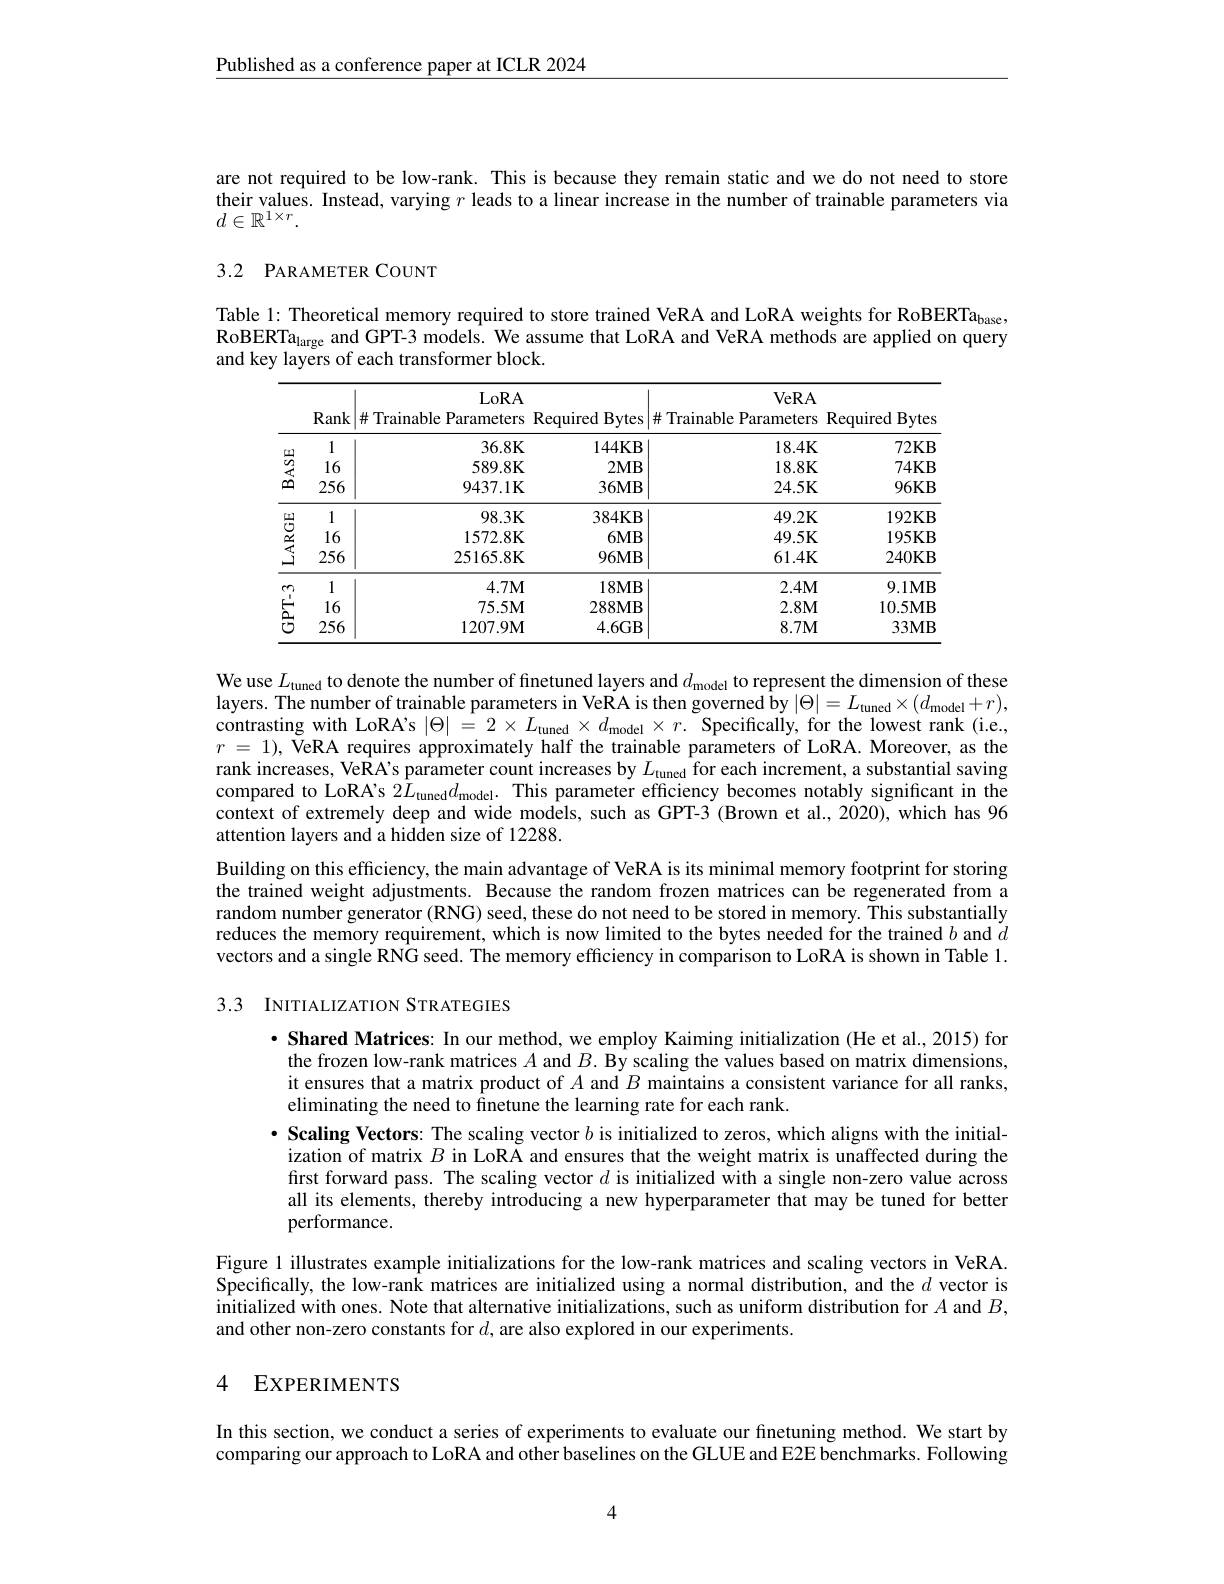
Published as a conference paper at ICLR 2024

are not required to be low-rank. This is because they remain static and we do not need to store their values. Instead, varying $r$ leads to a linear increase in the number of trainable parameters via $d\in\mathbb{R}^{1\times r}.$

## 3.2 PARAMETER COUNT

Table 1: Theoretical memory required to store trained VeRA and LoRA weights for RoBERTa$_{\mathrm{base}}$, $\text{RoBERTa}_{\mathrm{large~and~GPT-3~models.~We~assume~that~LoRA~and~VeRA~methods~are~applied~on~query}}$ and key layers of each transformer block.

<table>
	<tbody>
		<tr>
			<th> </th>
			<th>Rank</th>
			<th>LoRA ${\sharp}$Trainable Parameters</th>
			<th>Required Bytes</th>
			<th>VeRA $\#$ Trainable Parameters</th>
			<th>RequiredBytes</th>
		</tr>
		<tr>
			<td rowspan="3">$\begin{array}{c}{\stackrel{\textcircled{1}}{\textcircled{2}}}\\{\stackrel{\textcircled{2}}{\textcircled{2}}}\\{\stackrel{\textcircled{2}}{\textcircled{2}}}\end{array}$</td>
			<td>1</td>
			<td>36.8K</td>
			<td>144KB</td>
			<td>18.4K</td>
			<td>$72KB$</td>
		</tr>
		<tr>
			<td>16</td>
			<td>589.8K</td>
			<td>$2MB$</td>
			<td>18.8K</td>
			<td>$74KB$</td>
		</tr>
		<tr>
			<td>256</td>
			<td>9437.1K</td>
			<td>$36MB$</td>
			<td>24.5K</td>
			<td>$96KB$</td>
		</tr>
		<tr>
			<td rowspan="3">LARGE</td>
			<td>1</td>
			<td>$98.3K$</td>
			<td>$384\mathbf{KB}$</td>
			<td>49.2K</td>
			<td>192KB</td>
		</tr>
		<tr>
			<td>16</td>
			<td>1572.8K</td>
			<td>$6MB$</td>
			<td>49.5K</td>
			<td>195KB</td>
		</tr>
		<tr>
			<td>256</td>
			<td>25165.8K</td>
			<td>$96MB$</td>
			<td>61.4K</td>
			<td>240KB</td>
		</tr>
		<tr>
			<td rowspan="3">77. $\stackrel{E}{\textcircled{5}}$</td>
			<td>1 1</td>
			<td>$4.7\mathbf{M}$</td>
			<td>$18\mathbf{MB}$</td>
			<td>$2.4M$</td>
			<td>9.1MB</td>
		</tr>
		<tr>
			<td>16</td>
			<td>$75.5\mathbf{M}$</td>
			<td>$288MB$</td>
			<td>$2.8M$</td>
			<td>10.5MB</td>
		</tr>
		<tr>
			<td>256</td>
			<td>$1207.9\mathbf{M}$</td>
			<td>4.6GB</td>
			<td>$8.7\mathbf{M}$</td>
			<td>$33MB$</td>
		</tr>
	</tbody>
</table>

We use $L_\mathrm{tuncd}$ to denote the number of finetuned layers and $d_\mathrm{model}$ to represent the dimension of these layers. The number of trainable parameters in Ve$\dot{\text{RA is then governed by}}|\Theta|=L_{\mathrm{tuned}}\times(d_{\mathrm{model}}+r)$, contrasting with LoRA's $|\Theta|=2\times L_{\mathrm{tuned}}\times d_{\mathrm{model}}\times r.$ Specifically, for the lowest rank (i.e., $r$ = 1), VeRA requires approximately half the trainable parameters of LoRA. Moreover, as the rank increases, VeRA's parameter count increases by $L_\mathrm{tuned}$ for each increment, a substantial saving compared to LoRA's $2\hat{L}_{\mathrm{tuned}}d_{\mathrm{model}}.$ This parameter efficiency becomes notably significant in the context of extremely deep and wide models, such as GPT-3 (Brown et al., 2020), which has 96 attention layers and a hidden size of 12288.
Building on this efficiency, the main advantage of VeRA is its minimal memory footprint for storing the trained weight adjustments. Because the random frozen matrices can be regenerated from a random number generator (RNG) seed, these do not need to be stored in memory. This substantially reduces the memory requirement, which is now limited to the bytes needed for the trained $b$ and $d$ vectors and a single RNG seed. The memory efficiency in comparison to LoRA is shown in Table 1.

3.3 INITIALIZATION STRATEGIES

·Shared Matrices: In our method, we employ Kaiming initialization (He et al., 2015) for the frozen low-rank matrices $A$ and $B.$ By scaling the values based on matrix dimensions, it ensures that a matrix product of $A$ and $B$ maintains a consistent variance for all ranks, eliminating the need to finetune the learning rate for each rank.
$\cdot$ Scaling Vectors: The scaling vector $b$ is initialized to zeros, which aligns with the initialization of matrix $B$ in LoRA and ensures that the weight matrix is unaffected during the first forward pass. The scaling vector $d$ is initialized with a single non-zero value across all its elements, thereby introducing a new hyperparameter that may be tuned for better performance.
Figure 1 illustrates example initializations for the low-rank matrices and scaling vectors in VeRA. Specifically, the low-rank matrices are initialized using a normal distribution, and the $d$ vector is $\hat{\text{initialized with ones. Note that alternative initializations, such as uniform distribution for }A\mathrm{~and~}B,}$ and other non-zero constants for $d$, are also explored in our experiments.

## 4 EXPERIMENTS

In this section, we conduct a series of experiments to evaluate our finetuning method. We start by comparing our approach to LoRA and other baselines on the GLUE and E2E benchmarks. Following

4